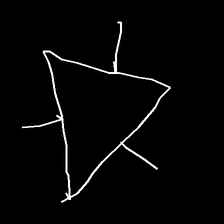
Glyph: fire